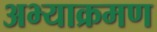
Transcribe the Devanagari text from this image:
अभ्याक्रमण